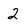
Character: 2